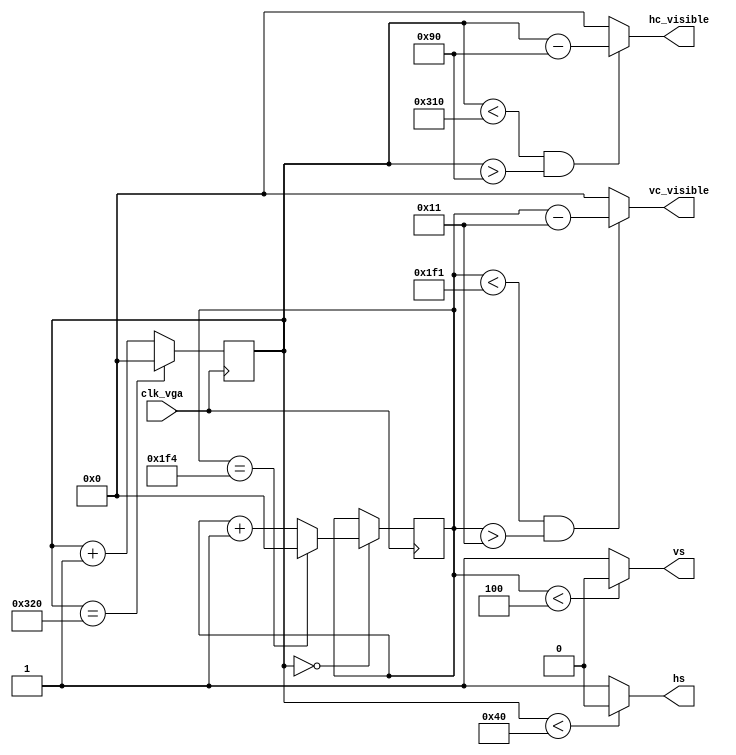
module driver_vga_640x480(clk_vga, hs, vs,hc_visible,vc_visible);
	input clk_vga;                      // 25 MHz !
	output hs, vs; 
	output [9:0]hc_visible;
	output [9:0]vc_visible; 

	//640x480 original
	parameter hpixels = 10'd800;  // --Value of pixels in a horizontal line
	parameter vlines  = 10'd500;  // --Number of horizontal lines in the display

	parameter hfp  = 10'd16;      // --Horizontal front porch
	parameter hsc  = 10'd64;      // --Horizontal sync
	parameter hbp  = 10'd80;      // --Horizontal back porch
	
	parameter vfp  = 10'd3;       // --Vertical front porch
	parameter vsc  = 10'd4;       // --Vertical sync
	parameter vbp  = 10'd13;      // --Vertical back porch
	
	
	reg [9:0] hc, hc_next, vc, vc_next;             // --These are the Horizontal and Vertical counters    
	
	assign hc_visible = ((hc < (hpixels - hfp)) && (hc > (hsc + hbp)))?(hc -(hsc + hbp)):10'd0;
	assign vc_visible = ((vc < (vlines - vfp)) && (vc > (vsc + vbp)))?(vc - (vsc + vbp)):10'd0;
	
	
	// --Runs the horizontal counter

	always@(*)
		if(hc == hpixels)				// --If the counter has reached the end of pixel count
			hc_next = 10'd0;			// --reset the counter
		else
			hc_next = hc + 10'd1;		// --Increment the horizontal counter

	
	// --Runs the vertical counter
	always@(*)
		if(hc == 10'd0)
			if(vc == vlines)
				vc_next = 10'd0;
			else
				vc_next = vc + 10'd1;
		else
			vc_next = vc;
	
	always@(posedge clk_vga)
		{hc, vc} <= {hc_next, vc_next};
		
	assign hs = (hc < hsc) ? 1'b0 : 1'b1;   // --Horizontal Sync Pulse
	assign vs = (vc < vsc) ? 1'b0 : 1'b1;   // --Vertical Sync Pulse
	
endmodule